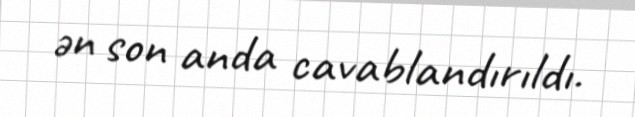
ən son anda cavablandırıldı.